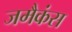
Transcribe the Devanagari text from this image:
जमैकंस